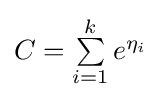
{\textstyle C=\sum \limits _{i=1}^{k}e^{\eta _{i}}}